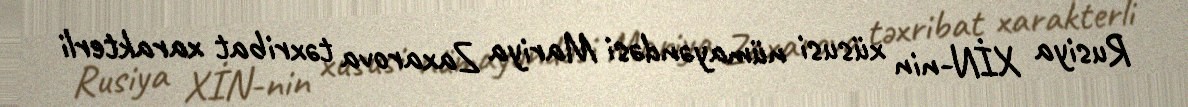
Rusiya XİN-nin xüsusi nümayəndəsi Mariya Zaxarova təxribat xarakterli